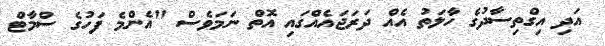
އަދި އިގްތިސާދުގެ ހާލަތު އެއް ދަރަޖައެއްގައި އޮތް ނަމަވެސް "އެންމެ ފަހުގެ ސްމާޓް